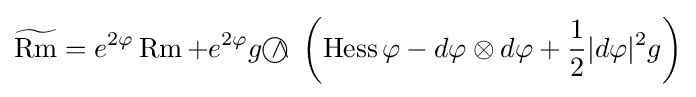
{\widetilde {\operatorname {Rm} }}=e^{2\varphi }\operatorname {Rm} +e^{2\varphi }g{~\wedge \!\!\!\!\!\!\!\!\;\bigcirc ~}\left(\operatorname {Hess} \varphi -d\varphi \otimes d\varphi +{\frac {1}{2}}|d\varphi |^{2}g\right)